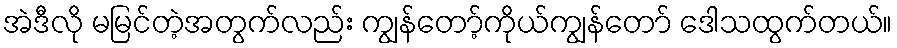
အဲဒီလို မမြင်တဲ့အတွက်လည်း ကျွန်တော့်ကိုယ်ကျွန်တော် ဒေါသထွက်တယ်။